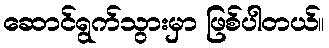
ဆောင်ရွက်သွားမှာ ဖြစ်ပါတယ်။